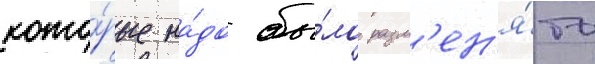
кото́рые на́до бы́ло разм'ен'я́ть